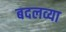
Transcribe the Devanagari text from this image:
बदलव्या